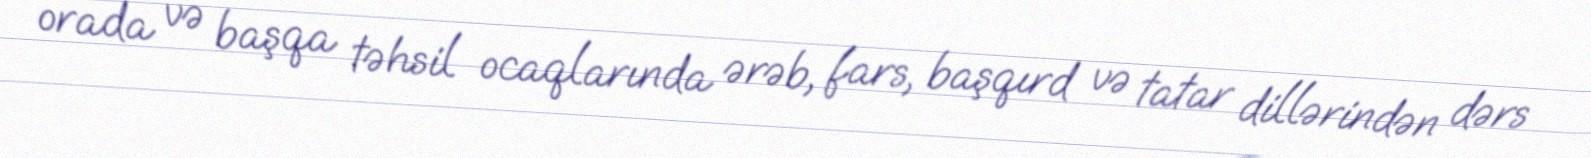
orada və başqa təhsil ocaqlarında ərəb, fars, başqırd və tatar dillərindən dərs